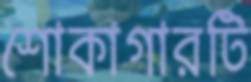
শোকাগারটি